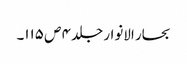
بحار الانوار جلد ۴ ص ۱۱۵۔